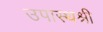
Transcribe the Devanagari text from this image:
उपास्थश्री